Document type: Emphyteutic lease
Year: 1316
Scribe: Berenguer de Vallseca
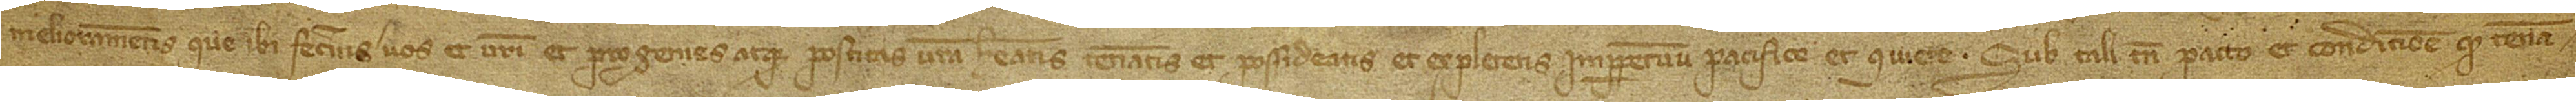
melioramentis que ibi feceritis vos et vestri et progenies atque posteritas vestra, habeatis, teneatis et possideatis et expletetis imperpetuum pacifice et quiete, sub tali tamen pacto et conditione quod tenea-